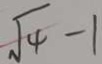
\sqrt { 4 } - 1